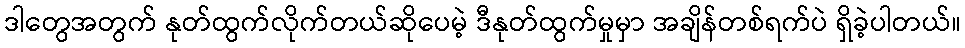
ဒါတွေအတွက် နုတ်ထွက်လိုက်တယ်ဆိုပေမဲ့ ဒီနုတ်ထွက်မှုမှာ အချိန်တစ်ရက်ပဲ ရှိခဲ့ပါတယ်။